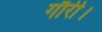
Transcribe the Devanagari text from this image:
गौरी।